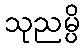
သုညမ္ပိ